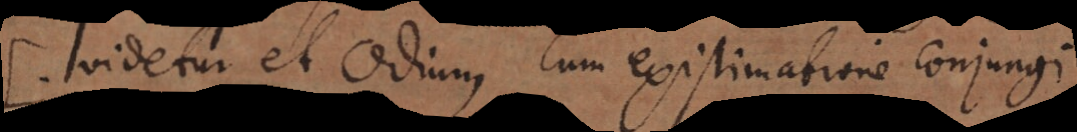
Videtur et odium cum existimatione conjungi